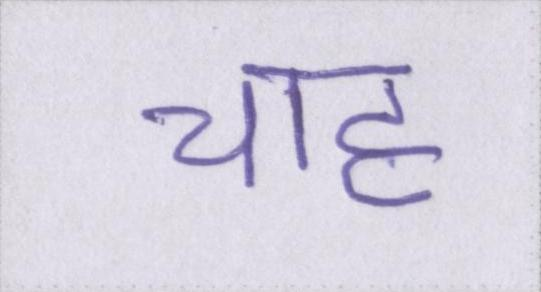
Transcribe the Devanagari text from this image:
चाह